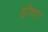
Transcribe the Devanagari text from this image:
होका